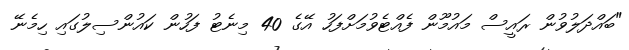
"ބައްދަލުވުން ރައީސް މައުމޫން ފެއްޓެވުމަށްފަހު އޭގެ 40 މިނެޓު ފަހުން ކައުންސިލުގައި ހިމެނޭ